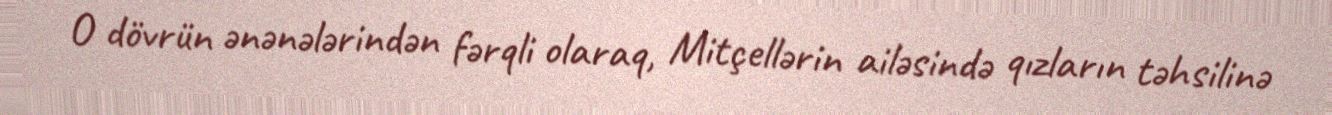
O dövrün ənənələrindən fərqli olaraq, Mitçellərin ailəsində qızların təhsilinə